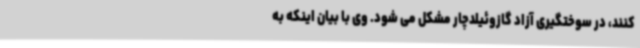
کنند، در سوختگیری آزاد گازوئیلدچار مشکل می شود. وی با بیان اینکه به